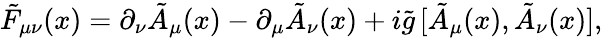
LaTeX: \tilde{F}_{\mu\nu}(x)=\partial_{\nu}\tilde{A}_{\mu}(x)-\partial_{\mu}\tilde{A}_{\nu}(x)+i\tilde{g}\, [\tilde{A}_{\mu}(x),\tilde{A}_{\nu}(x)],